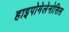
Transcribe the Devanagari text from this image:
हाइपोमेलेनोसिस